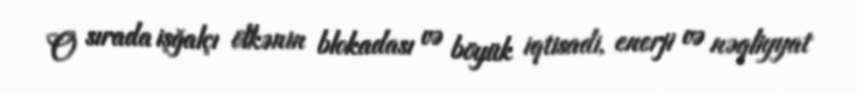
O sırada işğalçı ölkənin blokadası və böyük iqtisadi, enerji və nəqliyyat